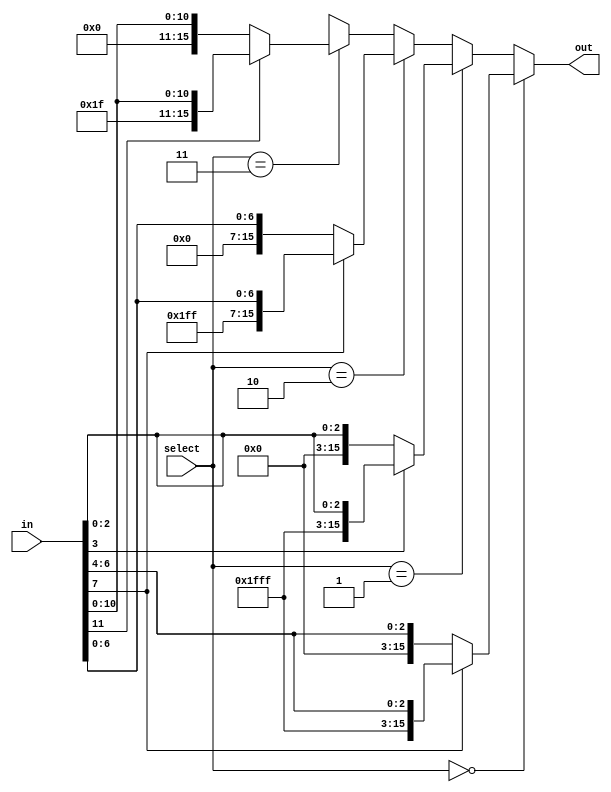
module signExtend(input[1:0]       select,
                  input[15:0]      in,
                  output reg[15:0] out);

always@(*)
begin
   out = 16'hxxxx;
   if (select == 2'b00)
      begin
         if (in[7] == 1'b0) 
            out = {12'h000, in[7:4]};
         else if (in[7] == 1'b1)
            out = {12'hFFF, in[7:4]};
      end
   else if (select == 2'b01)
      begin
         if (in[3] == 1'b0)
            out = {12'h000, in[3:0]};
         else if (in[3] == 1'b1)
            out = {12'hFFF, in[3:0]};
      end
   else if (select == 2'b10)
      begin
         if (in[7] == 1'b0)
            out = {8'h00, in[7:0]};
         else if (in[7] == 1'b1)
            out = {8'hFF, in[7:0]};
      end
   else if (select == 2'b11)
      begin
         if (in[11] == 1'b0)
            out = {4'h0, in[11:0]};
         else if (in[11] == 1'b1)
            out = {4'hF, in[11:0]};
      end
end

endmodule